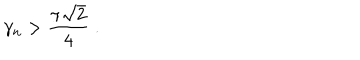
LaTeX: \gamma _ { n } > \frac { \pi \sqrt { 2 } } { 4 } \; .